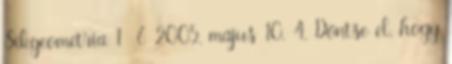
Síkgeometria 1 6 2005. május 10. 4. Döntse el, hogy